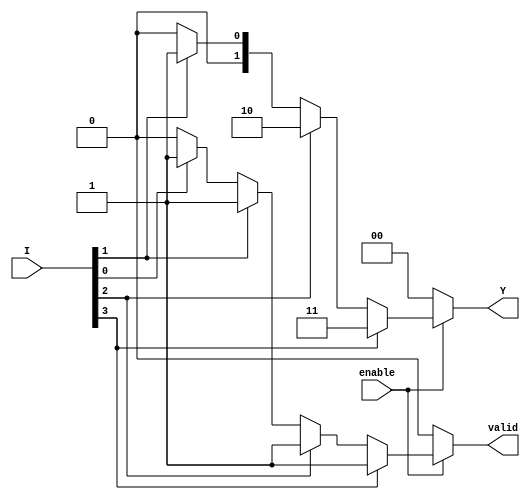
module priority_encoder(
    input wire [3:0] I,      // 4 input lines (I3, I2, I1, I0)
    input wire enable,       // Enable signal
    output reg [1:0] Y,      // 2-bit output for the priority index
    output reg valid         // Valid signal indicating any input is active
);

    always @(*) begin
        if (!enable) begin
            // If enable is low, set outputs to default state
            Y = 2'b00;
            valid = 1'b0;
        end else begin
            // Default output
            valid = 1'b0;
            Y = 2'b00;  // Default output
            
            // Check inputs in order of priority
            if (I[3]) begin
                Y = 2'b11;  // Output for I3
                valid = 1'b1;
            end else if (I[2]) begin
                Y = 2'b10;  // Output for I2
                valid = 1'b1;
            end else if (I[1]) begin
                Y = 2'b01;  // Output for I1
                valid = 1'b1;
            end else if (I[0]) begin
                Y = 2'b00;  // Output for I0
                valid = 1'b1;
            end
        end
    end
endmodule